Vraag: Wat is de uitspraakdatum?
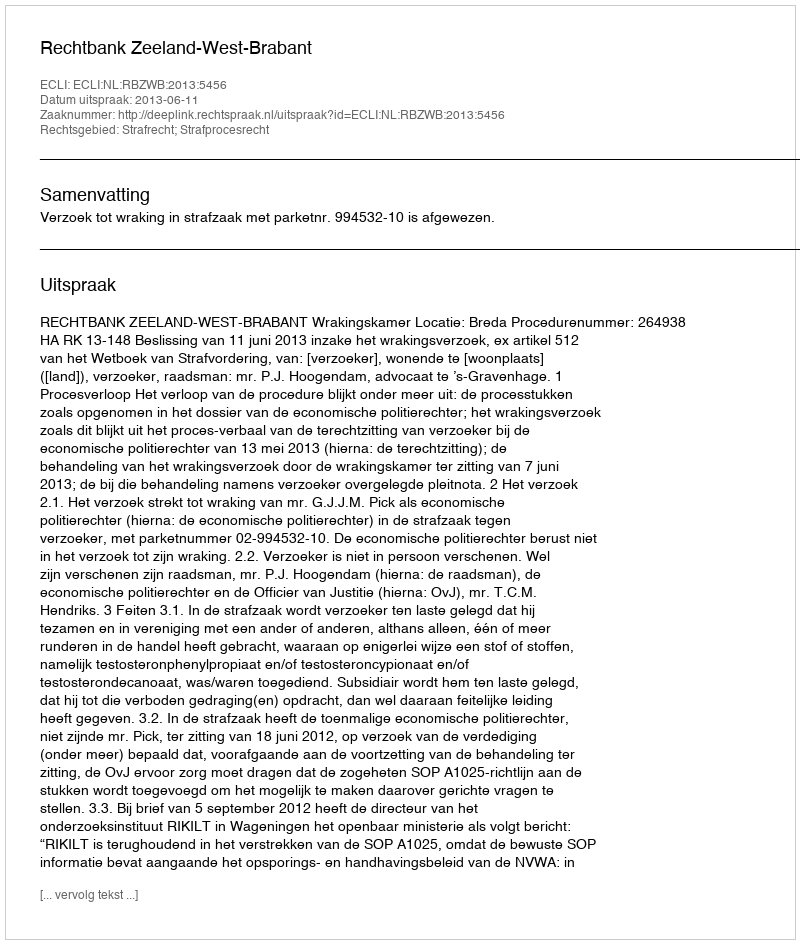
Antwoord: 2013-06-11